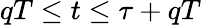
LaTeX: qT\leq t\leq\tau+qT